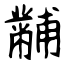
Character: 黼